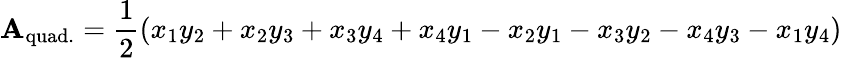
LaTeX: \mathbf{A}_{\mathrm{quad.}}={\frac{1}{2}}(x_{1}y_{2}+x_{2}y_{3}+x_{3}y_{4}+x_{4}y_{1}-x_{2}y_{1}-x_{3}y_{2}-x_{4}y_{3}-x_{1}y_{4})